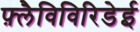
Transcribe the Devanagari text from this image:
फ़्लैविविरिडेई